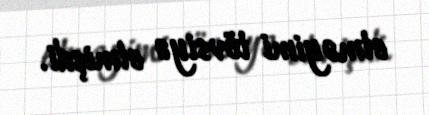
etməyimi tövsiyə etmişdi.